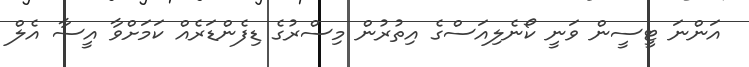
އަންނަ ޓީސީން ވަނީ ކޯނެލިއަސްގެ އިތުރުން މިސްރުގެ ޑިފެންޑަރެއް ކަމަށްވާ އީސާ އެލް